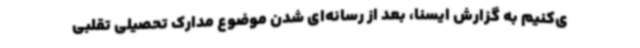
ی‌کنیم به گزارش ایسنا، بعد از رسانه‌ای شدن موضوع مدارک تحصیلی تقلبی